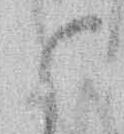
御